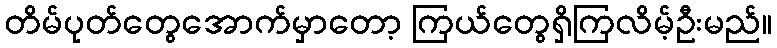
တိမ်ပုတ်တွေအောက်မှာတော့ ကြယ်တွေရှိကြလိမ့်ဦးမည်။